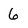
Character: 6